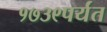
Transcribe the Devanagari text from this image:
१७३९पर्यंत